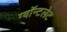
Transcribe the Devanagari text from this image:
ग्वॉन्टलेट